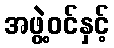
အဖွဲ့ဝင်နှင့်